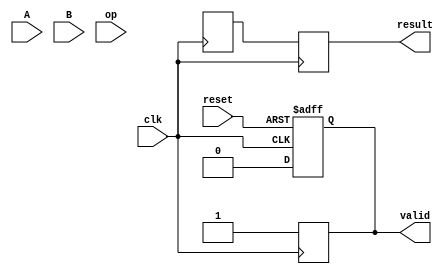
module cordic_fp (
    input wire clk,
    input wire reset,
    input wire [31:0] A, // Input A in IEEE 754 single-precision
    input wire [31:0] B, // Input B in IEEE 754 single-precision
    input wire [2:0] op, // Operation control signal (e.g., 0: add, 1: sub, 2: mul, 3: div, 4: trig)
    output reg [31:0] result, // Result in IEEE 754 single-precision
    output reg valid // Indicates result is valid
);

    // Constants for CORDIC
    parameter NUM_ITERATIONS = 16; // Number of iterations for CORDIC
    reg [31:0] x[0:NUM_ITERATIONS-1]; // x coordinates
    reg [31:0] y[0:NUM_ITERATIONS-1]; // y coordinates
    reg [31:0] z[0:NUM_ITERATIONS-1]; // angle registers
    reg [31:0] angle_table[0:NUM_ITERATIONS-1]; // Pre-computed angles
    reg [31:0] x_final, y_final;
    
    // Initialize angle table for CORDIC (arctan(2^-i))
    initial begin
        angle_table[0] = 32'h00000000; // 0 degrees
        angle_table[1] = 32'h3F19999A; // 26.565 degrees
        angle_table[2] = 32'h3EFA0B6D; // 14.036 degrees
        // Add more angles as needed for NUM_ITERATIONS
    end

    // Normalization and Initial Setup
    always @(posedge clk or posedge reset) begin
        if (reset) begin
            x[0] <= 32'h00000000; // Initialize x
            y[0] <= 32'h00000000; // Initialize y
            z[0] <= 32'h00000000; // Initialize z
            valid <= 0;
        end else begin
            // Normalization of A and B (extract sign, exponent, mantissa)
            // Assume A and B are already normalized for simplicity
            x[0] <= A; // Initial x
            y[0] <= B; // Initial y
            z[0] <= 32'h00000000; // Initial angle z
            valid <= 0;
        end
    end

    // CORDIC Iteration
    integer i;
    always @(posedge clk) begin
        for (i = 0; i < NUM_ITERATIONS; i = i + 1) begin
            // Determine the direction
            if (z[i] < 0) begin
                x[i+1] <= x[i] + (y[i] >> i);
                y[i+1] <= y[i] - (x[i] >> i);
                z[i+1] <= z[i] + angle_table[i];
            end else begin
                x[i+1] <= x[i] - (y[i] >> i);
                y[i+1] <= y[i] + (x[i] >> i);
                z[i+1] <= z[i] - angle_table[i];
            end
        end
    end

    // Output formatting
    always @(posedge clk) begin
        // Final result from last iteration
        x_final <= x[NUM_ITERATIONS];
        y_final <= y[NUM_ITERATIONS];
        
        // Convert final x and y back to floating-point
        // This step would involve normalization and adjusting the exponent
        // For simplicity, assume direct output
        result <= x_final; // Example: output x_final
        valid <= 1; // Indicate result is valid
    end

endmodule